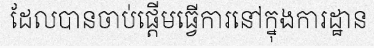
ដែលបានចាប់ផ្តើមធ្វើការនៅក្នុងការដ្ឋាន